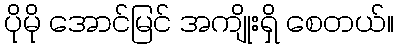
ပိုမို အောင်မြင် အကျိုးရှိ စေတယ်။